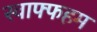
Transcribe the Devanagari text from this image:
स्वाफ्फहम